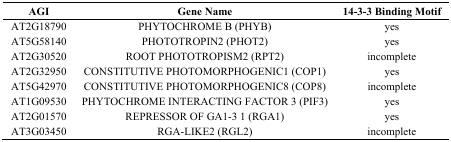
| AGI | Gene Name | 14-3-3 Binding Motif |
 | --- | --- | --- |
 | AT2G18790 | PHYTOCHROME B (PHYB) | yes |
 | AT5G58140 | PHOTOTROPIN2 (PHOT2) | yes |
 | AT2G30520 | ROOT PHOTOTROPISM2 (RPT2) | incomplete |
 | AT2G32950 | CONSTITUTIVE PHOTOMORPHOGENIC1 (COP1) | yes |
 | AT5G42970 | CONSTITUTIVE PHOTOMORPHOGENIC8 (COP8) | incomplete |
 | AT1G09530 | PHYTOCHROME INTERACTING FACTOR 3 (PIF3) | yes |
 | AT2G01570 | REPRESSOR OF GA1-3 1 (RGA1) | yes |
 | AT3G03450 | RGA-LIKE2 (RGL2) | incomplete |